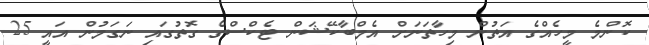
ކޮންމެ މީހެއްގެ އަތުން މިހާތަނަށް އެމްބާކޭޝަން ޓެކްސްގެ ގޮތުގައި ނަގަމުން އައީ 25